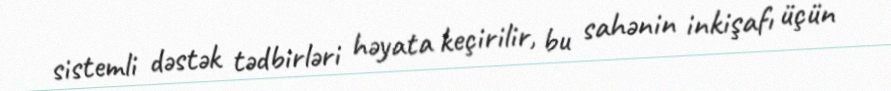
sistemli dəstək tədbirləri həyata keçirilir, bu sahənin inkişafı üçün